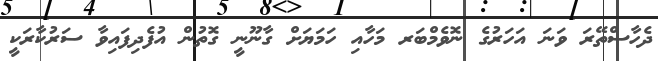
ދެހާސްތޭރަ ވަނަ އަހަރުގެ ނޮވެމްބަރ މަހާއި ހަމަޔަށް ގާނޫނީ ގޮތުން އުފެދިފައިވާ ސަރުކާރަކީ